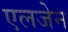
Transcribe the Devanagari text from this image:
एलजेन